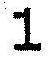
1